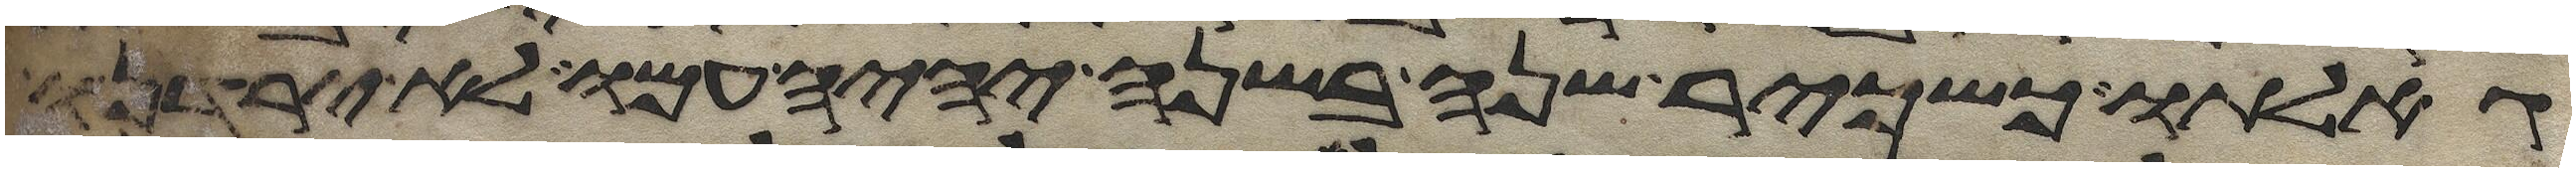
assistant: גאלתו כשכיר שנה בשנה יהיה עמו לא ירדנו